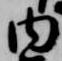
内